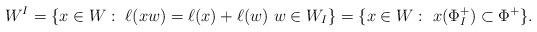
LaTeX: \begin{align*}W^I = \{ x\in W :\ \ell(xw) = \ell(x) + \ell(w) \ w\in W_I \}= \{ x\in W :\ x(\Phi_I^+)\subset \Phi^+\}.\end{align*}